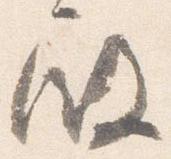
殿